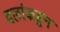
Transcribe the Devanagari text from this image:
दलांकडून